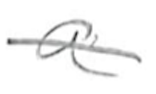
Text: a
Cross-out: single-line
Writing tool: pencil